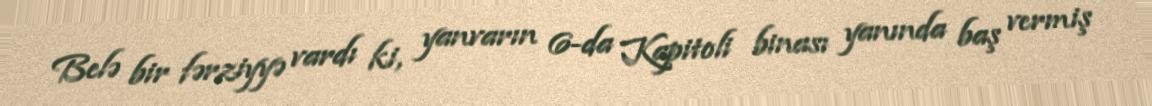
Belə bir fərziyyə vardı ki, yanvarın 6-da Kapitoli binası yanında baş vermiş